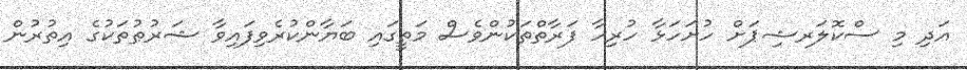
އަދި މި ސްކޮލަރޝިޕަށް ހުށަހަޅާ ހުރިހާ ފަރާތްތަކުންވެސް މަތީގައި ބަޔާންކުރެވިފައިވާ ޝަރުޠުތަކުގެ އިތުރުން